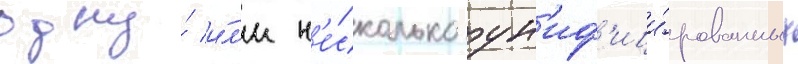
одну́ и́л'и н'е́сколько ун'иф'ици́рованных